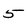
Character: 5